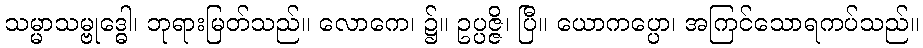
သမ္မာသမ္ဗုဒ္ဓေါ၊ ဘုရားမြတ်သည်။ လောကေ၊ ၌။ ဥပ္ပဇ္ဇိ၊ ပြီ။ ယောကပ္ပော၊ အကြင်သောရကပ်သည်။